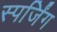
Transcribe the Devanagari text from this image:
स्पर्जिंग